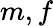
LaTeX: m,f